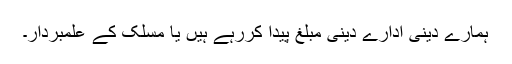
ہمارے دینی ادارے دینی مبلغ پیدا کررہے ہیں یا مسلک کے علمبردار۔